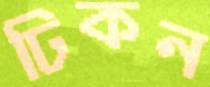
ঢিকন